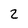
Character: 2